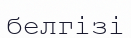
белгізі